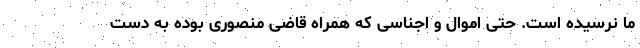
ما نرسیده است. حتی اموال و اجناسی که همراه قاضی منصوری بوده به دست